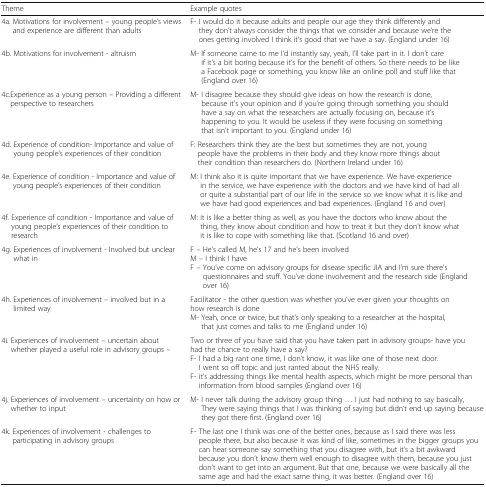
<table><thead><tr><td><b>Theme</b></td><td><b>Example quotes</b></td></tr></thead><tbody><tr><td>4a. Motivations for involvement – young people’s views and experience are different than adults</td><td>F- I would do it because adults and people our age they think differently and they don’t always consider the things that we consider and because we’re the ones getting involved I think it’s good that we have a say. (England under 16)</td></tr><tr><td>4b. Motivations for involvement - altruism</td><td>M- If someone came to me I’d instantly say, yeah, I’ll take part in it. I don’t care if it’s a bit boring because it’s for the benefit of others. So there needs to be like a Facebook page or something, you know like an online poll and stuff like that (England over 16)</td></tr><tr><td>4c.Experience as a young person – Providing a different perspective to researchers</td><td>M- I disagree because they should give ideas on how the research is done, because it’s your opinion and if you’re going through something you should have a say on what the researchers are actually focusing on, because it’s happening to you. It would be useless if they were focusing on something that isn’t important to you. (England under 16)</td></tr><tr><td>4d. Experience of condition- Importance and value of young people’s experiences of their condition</td><td>F: Researchers think they are the best but sometimes they are not, young people have the problems in their body and they know more things about their condition than researchers do. (Northern Ireland under 16)</td></tr><tr><td>4e. Experience of condition - Importance and value of young people’s experiences of their condition</td><td>M: I think also it is quite important that we have experience. We have experience in the service, we have experience with the doctors and we have kind of had all or quite a substantial part of our life in the service so we know what it is like and we have had good experiences and bad experiences. (England 16 and over)</td></tr><tr><td>4f. Experience of condition - Importance and value of young people’s experiences of their condition to research</td><td>M: it is like a better thing as well, as you have the doctors who know about the thing, they know about condition and how to treat it but they don’t know what it is like to cope with something like that. (Scotland 16 and over)</td></tr><tr><td>4g. Experiences of involvement - Involved but unclear what in</td><td>F – He’s called M, he’s 17 and he’s been involvedM – I think I haveF – You’ve come on advisory groups for disease specific JIA and I’m sure there’s questionnaires and stuff. You’ve done involvement and the research side (England over 16)</td></tr><tr><td>4h. Experiences of involvement – involved but in a limited way</td><td>Facilitator - the other question was whether you’ve ever given your thoughts on how research is doneM- Yeah, once or twice, but that’s only speaking to a researcher at the hospital, that just comes and talks to me (England under 16)</td></tr><tr><td>4i. Experiences of involvement – uncertain about whether played a useful role in advisory groups –</td><td>Two or three of you have said that you have taken part in advisory groups- have you had the chance to really have a say?F- I had a big rant one time, I don’t know, it was like one of those next door. I went so off topic and just ranted about the NHS really.F- it’s addressing things like mental health aspects, which might be more personal than information from blood samples (England over 16)</td></tr><tr><td>4j. Experiences of involvement – uncertainty on how or whether to input</td><td>M- I never talk during the advisory group thing ... I just had nothing to say basically, They were saying things that I was thinking of saying but didn’t end up saying because they got there first. (England over 16)</td></tr><tr><td>4k. Experiences of involvement - challenges to participating in advisory groups</td><td>F- The last one I think was one of the better ones, because as I said there was less people there, but also because it was kind of like, sometimes in the bigger groups you can hear someone say something that you disagree with, but it’s a bit awkward because you don’t know them well enough to disagree with them, because you just don’t want to get into an argument. But that one, because we were basically all the same age and had the exact same thing, it was better. (England over 16)</td></tr></tbody></table>